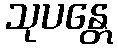
သုပန္တေ